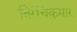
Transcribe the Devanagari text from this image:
बिरंचिकुमार